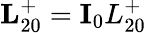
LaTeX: \textbf{L}_{20}^{+}=\textbf{I}_{0}L_{20}^{+}